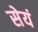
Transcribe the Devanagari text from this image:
सेयं